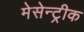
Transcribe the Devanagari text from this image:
मेसेन्ट्रीक